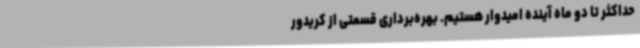
حداکثر تا دو ماه آینده امیدوار هستیم. بهره‌برداری قسمتی از کریدور